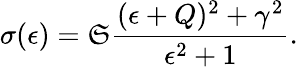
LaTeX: \sigma(\epsilon)=\mathfrak{S}\frac{(\epsilon+Q)^{2}+\gamma^{2}}{\epsilon^{2}+1}.